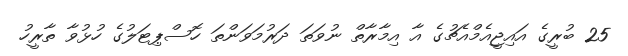
25 ބުރީގެ އައިޖީއެމްއެޗުގެ އާ އިމާރާތް ނުވަތަ ދަރުމަވަންތަ ހޮސްޕިޓަލުގެ ހުޅުވާ ތާރީހު